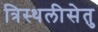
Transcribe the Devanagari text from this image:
त्रिस्थलीसेतु